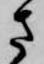
さ